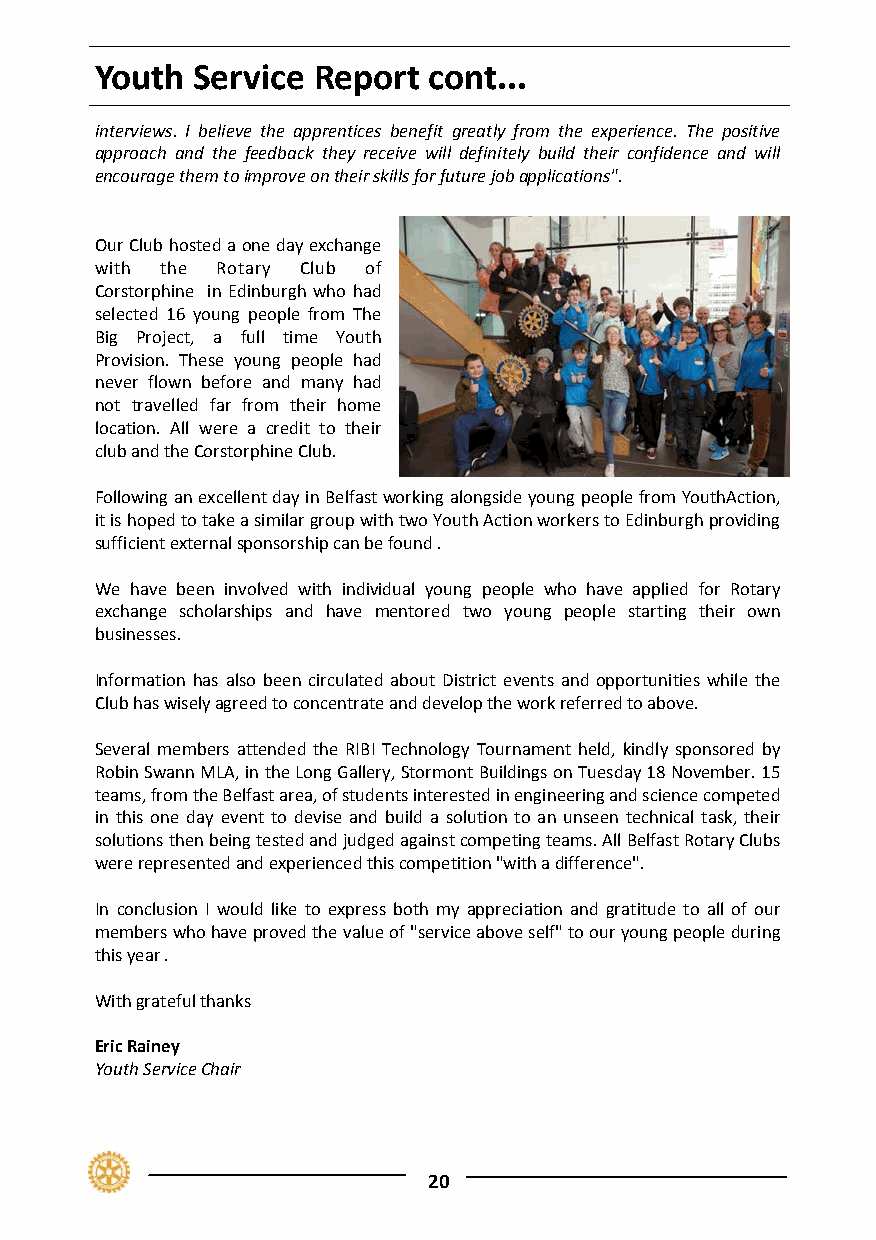
Youth  Service Report cont...
 interviews. I believe the apprentices benefit greatly from the experience. The positive
 approach and the feedback they receive will definitely build their confidence and will
 encourage them to improve on their skills for future job applications".
 Our Club hosted a one day exchange
 with the Rotary Club of
 Corstorphine in Edinburgh who had
 selected 16 young people from The
 Big Project, a full time Youth
 Provision. These young people had
 never flown before and many had
 not travelled far from their home
 location. All were a credit to their
 club and the Corstorphine Club.
 Following an excellent day in Belfast working alongside young people from YouthAction,
 it is hoped to take a similar group with two Youth Action workers to Edinburgh providing
 sufficient external sponsorship can be found .
 We have been involved with individual young people who have applied for Rotary
 exchange scholarships and have mentored two young people starting their own
 businesses.
 Information has also been circulated about District events and opportunities while the
 Club has wisely agreed to concentrate and develop the work referred to above.
 Several members attended the RIBI Technology Tournament held, kindly sponsored by
 Robin Swann MLA, in the Long Gallery, Stormont Buildings on Tuesday 18 November. 15
 teams, from the Belfast area, of students interested in engineering and science competed
 in this one day event to devise and build a solution to an unseen technical task, their
 solutions then being tested and judged against competing teams. All Belfast Rotary Clubs
 were represented and experienced this competition "with a difference".
 In conclusion I would like to express both my appreciation and gratitude to all of our
 members who have proved the value of "service above self" to our young people during
 this year .
 With grateful thanks
 Eric Rainey
 Youth Service Chair
 20